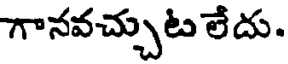
గానవచ్చుట లేదు.